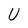
Character: U